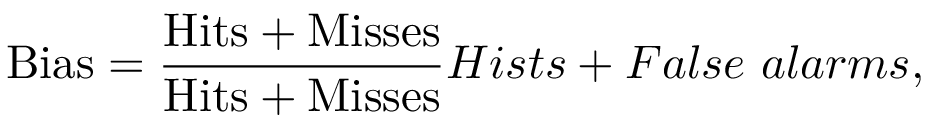
\mathrm { B i a s } = \frac { \mathrm { H i t s + M i s s e s } } { \mathrm { H i t s + M i s s e s } } { H i s t s + F a l s e \ a l a r m s } ,